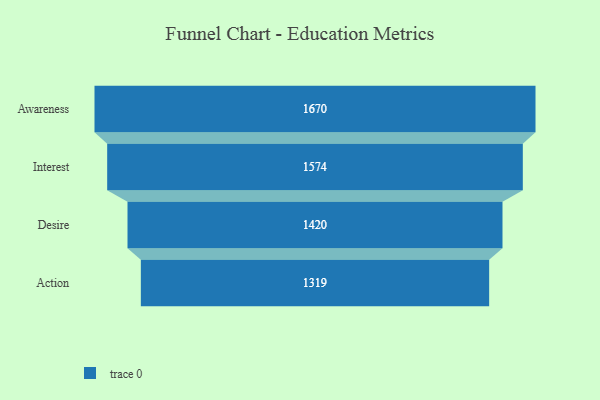
{"axis": {"x": "Stage", "y": "Value"}, "legend": [""], "data": [{"x": "Awareness", "y": 1670.0, "type": ""}, {"x": "Interest", "y": 1574.0, "type": ""}, {"x": "Desire", "y": 1420.0, "type": ""}, {"x": "Action", "y": 1319.0, "type": ""}]}